Annual report of the Punjab Veterinary College and of the Civil Veterinary Department, Punjab - 1920-1925
Year: 1920
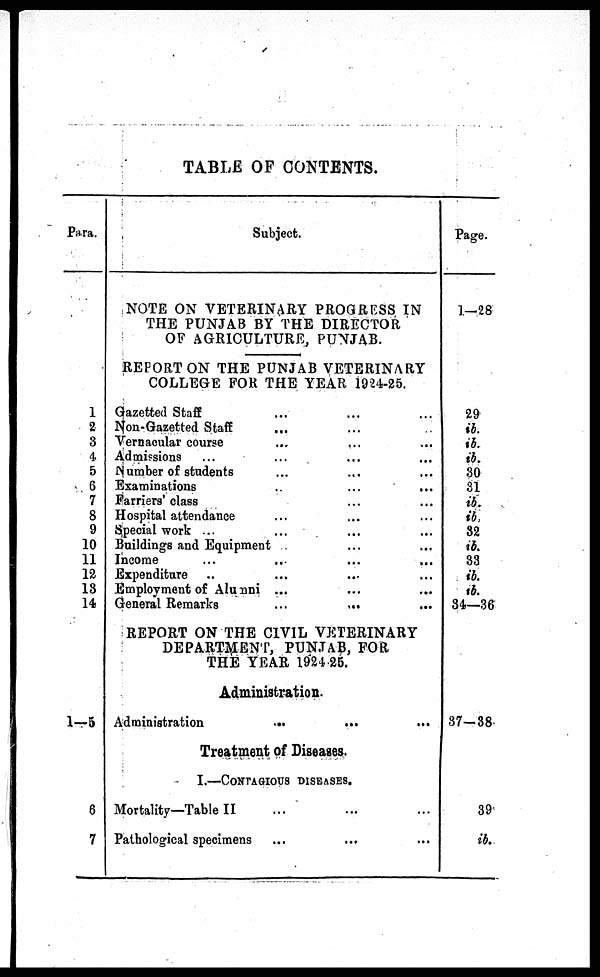
TABLE OF CONTENTS.
Para.
1
2
3
4
5
6
7
8
9
10
11
12
18
14
1-5
6
7
Subject.
NOTE ON VETERINARY PROGRESS IN
THE PUNJAB BY THE DIRECTOR
OF AGRICULTURE, PUNJAB.
REPORT ON THE PUNJAB VETERINARY
COLLEGE FOR THE YEAR 1924-25.
Gazetted Staff ... ... ...
Non-Gazetted Staff ... ... ...
Vernacular course
...
... ...
Admissions ... ... ... ...
Number of students ... ... ...
Examinations ... ... ...
Farriers' class ... ... ...
Hospital attendance ... ... ..
Special work ... ... ... ...
Buildings and Equipment ... ...
Income
...
...
...
...
Expenditure ... ... ...
Employment of Alumni ... ... ...
General Remarks
...
...
REPORT ON THE CIVIL VETERINARY
DEPARTMENT, PUNJAB, FOR
THE YEAR 1924 25.
Administration.
Administration
...
...
Treatment of Diseases.
I.—CONTAGIOUS DISEASES.
Mortality—Table II ... ... ...
Pathological specimens ...
... ...
Page.
1—28
29
ib.
ib.
ib.
30
31
ib.
ib
32
ib.
33
ib.
ib.
34—36
37-38
39
ib.